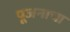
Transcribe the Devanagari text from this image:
पूजनाचा